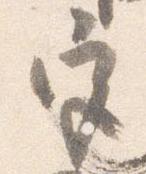
宮